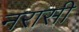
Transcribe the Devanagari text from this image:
नरासी